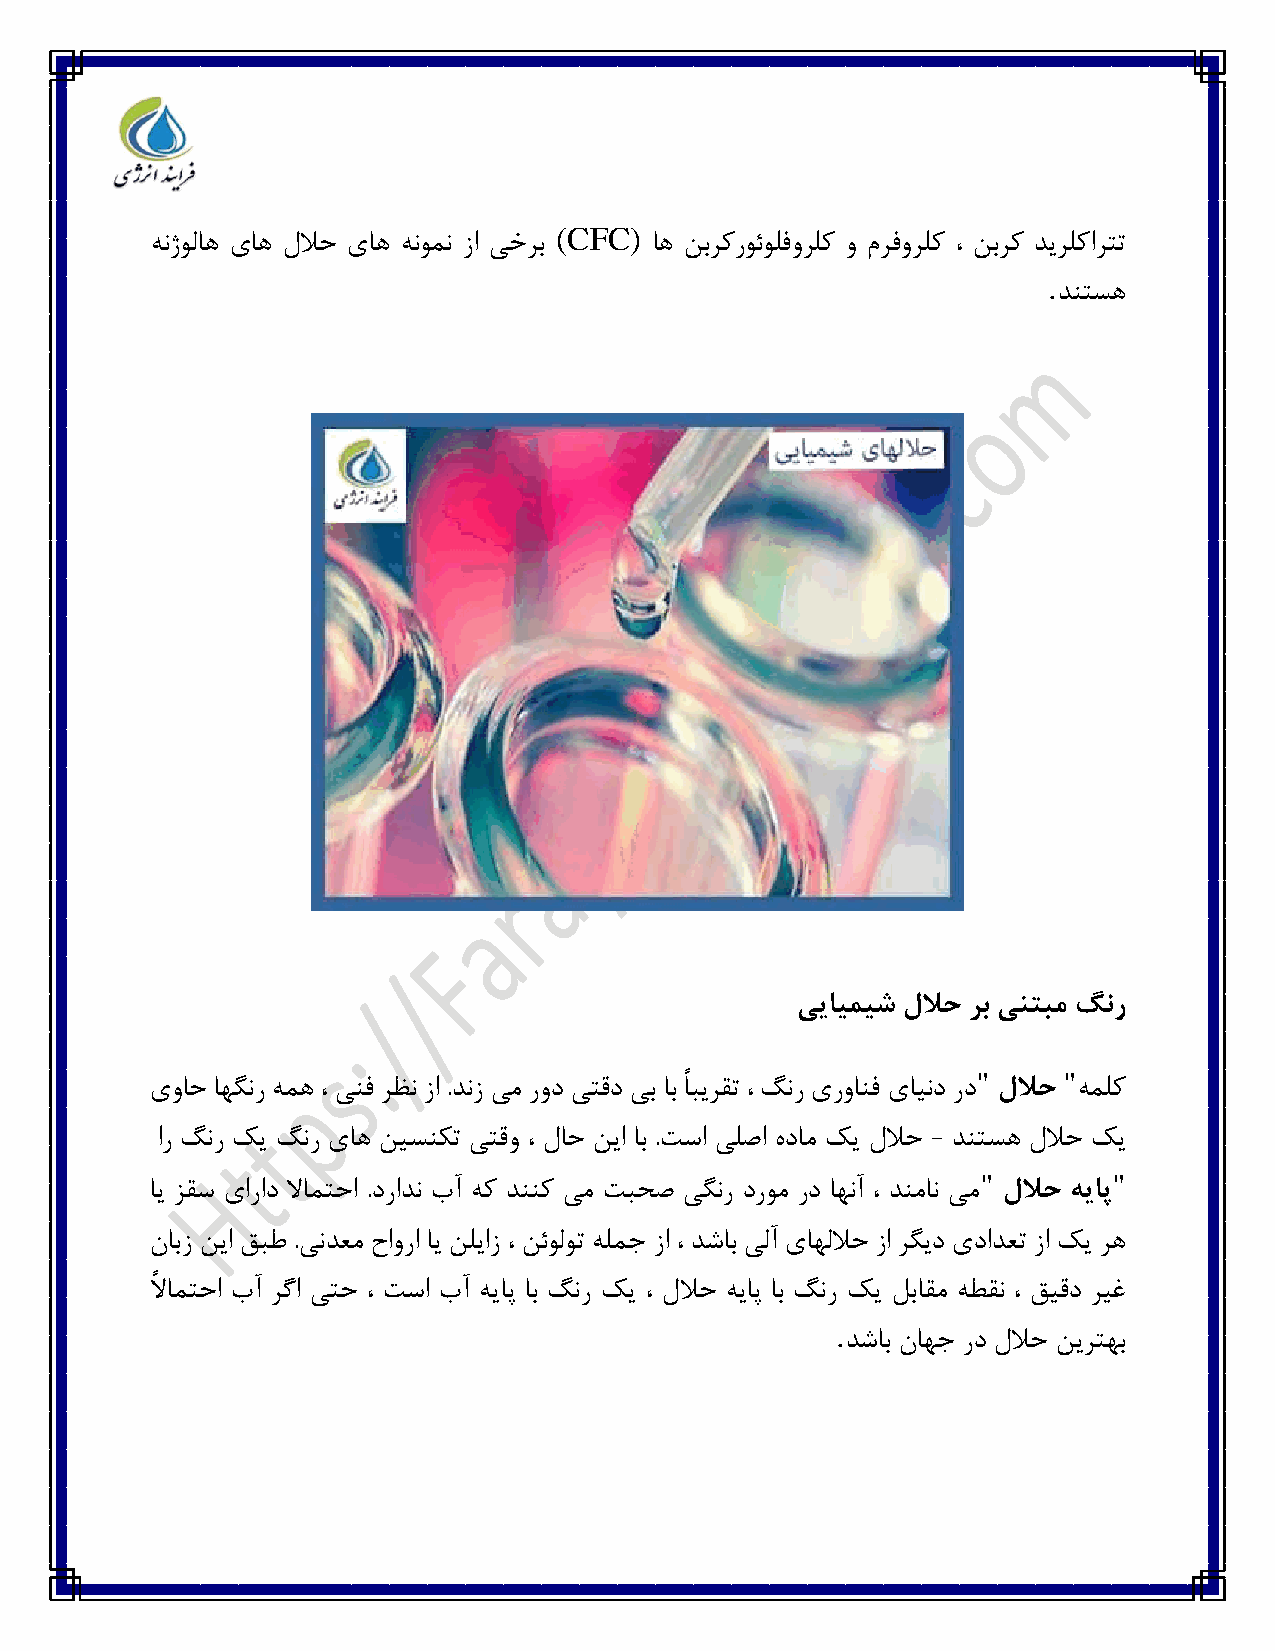
(CFC)
 هنژولاه یاه للاح یاه هنومن زا یخرب اه نبرکروئولفورلک و مرفورلک ، نبرک دیرلکارتت
 .
 دنتسه
 ییایمیش للاح رب ینتبم گنر
 "    "
 یواح اهگنر همه ، ینف رظن زا .دنز یم رود یتقد یب اب ًابیرقت ، گنر یروانف یایند رد للاح هملک
 ار گنر کی گنر یاه نیسنکت یتقو ، لاح نیا اب .تسا یلصا هدام کی للاح - دنتسه للاح کی
 "        "
 ای زقس یاراد لاامتحا .درادن بآ هک دننک یم تبحص یگنر دروم رد اهنآ ، دنمان یم للاح هیاپ
 نابز نیا قبط .یندعم حاورا ای نلیاز ، نئولوت هلمج زا ، دشاب یلآ یاهللاح زا رگید یدادعت زا کی ره
 لاً امتحا بآ رگا یتح ، تسا بآ هیاپ اب گنر کی ، للاح هیاپ اب گنر کی لباقم هطقن ، قیقد ریغ
 .
 دشاب ناهج رد للاح نیرتهب